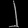
Digit: ၂